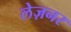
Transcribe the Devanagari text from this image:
लेज़नर